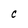
Character: C